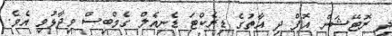
ދި ރޮޓޭޝަން އޮފް ދި އާތުގެ ޑިރެކްޓަ ޑެނިއެލް ގެމްބިސް ވިދާޅުވި އެވެ.